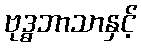
ဗုဒ္ဓဘာသာနှင့်